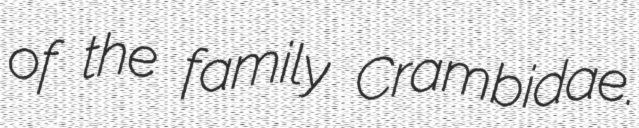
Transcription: of the family Crambidae.